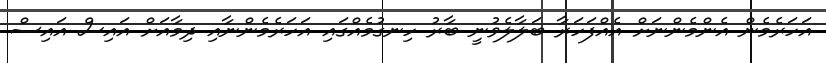
އަހަރެމެން އެންމެންނަށް އެއްފަހަރާ ބަލާލެވުނީ ބާރު ހިނގުމެއްގައި އަހަރެމެންނާއި ދިމާއަށް އައިސް އައިސް